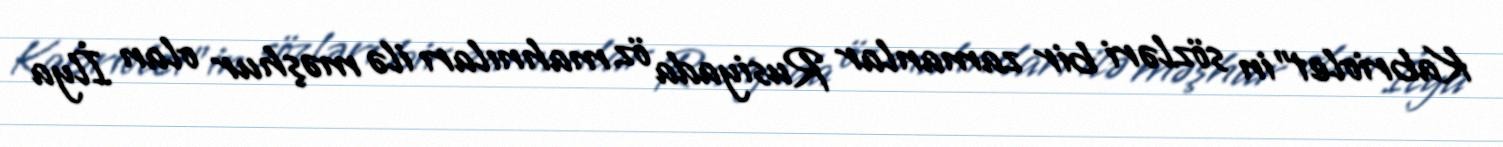
Kabriolet"in sözləri bir zamanlar Rusiyada öz mahnıları ilə məşhur olan İlya